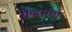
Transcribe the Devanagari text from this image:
रोव्हर्सचा